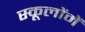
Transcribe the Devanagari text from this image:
स्कूलोंमें